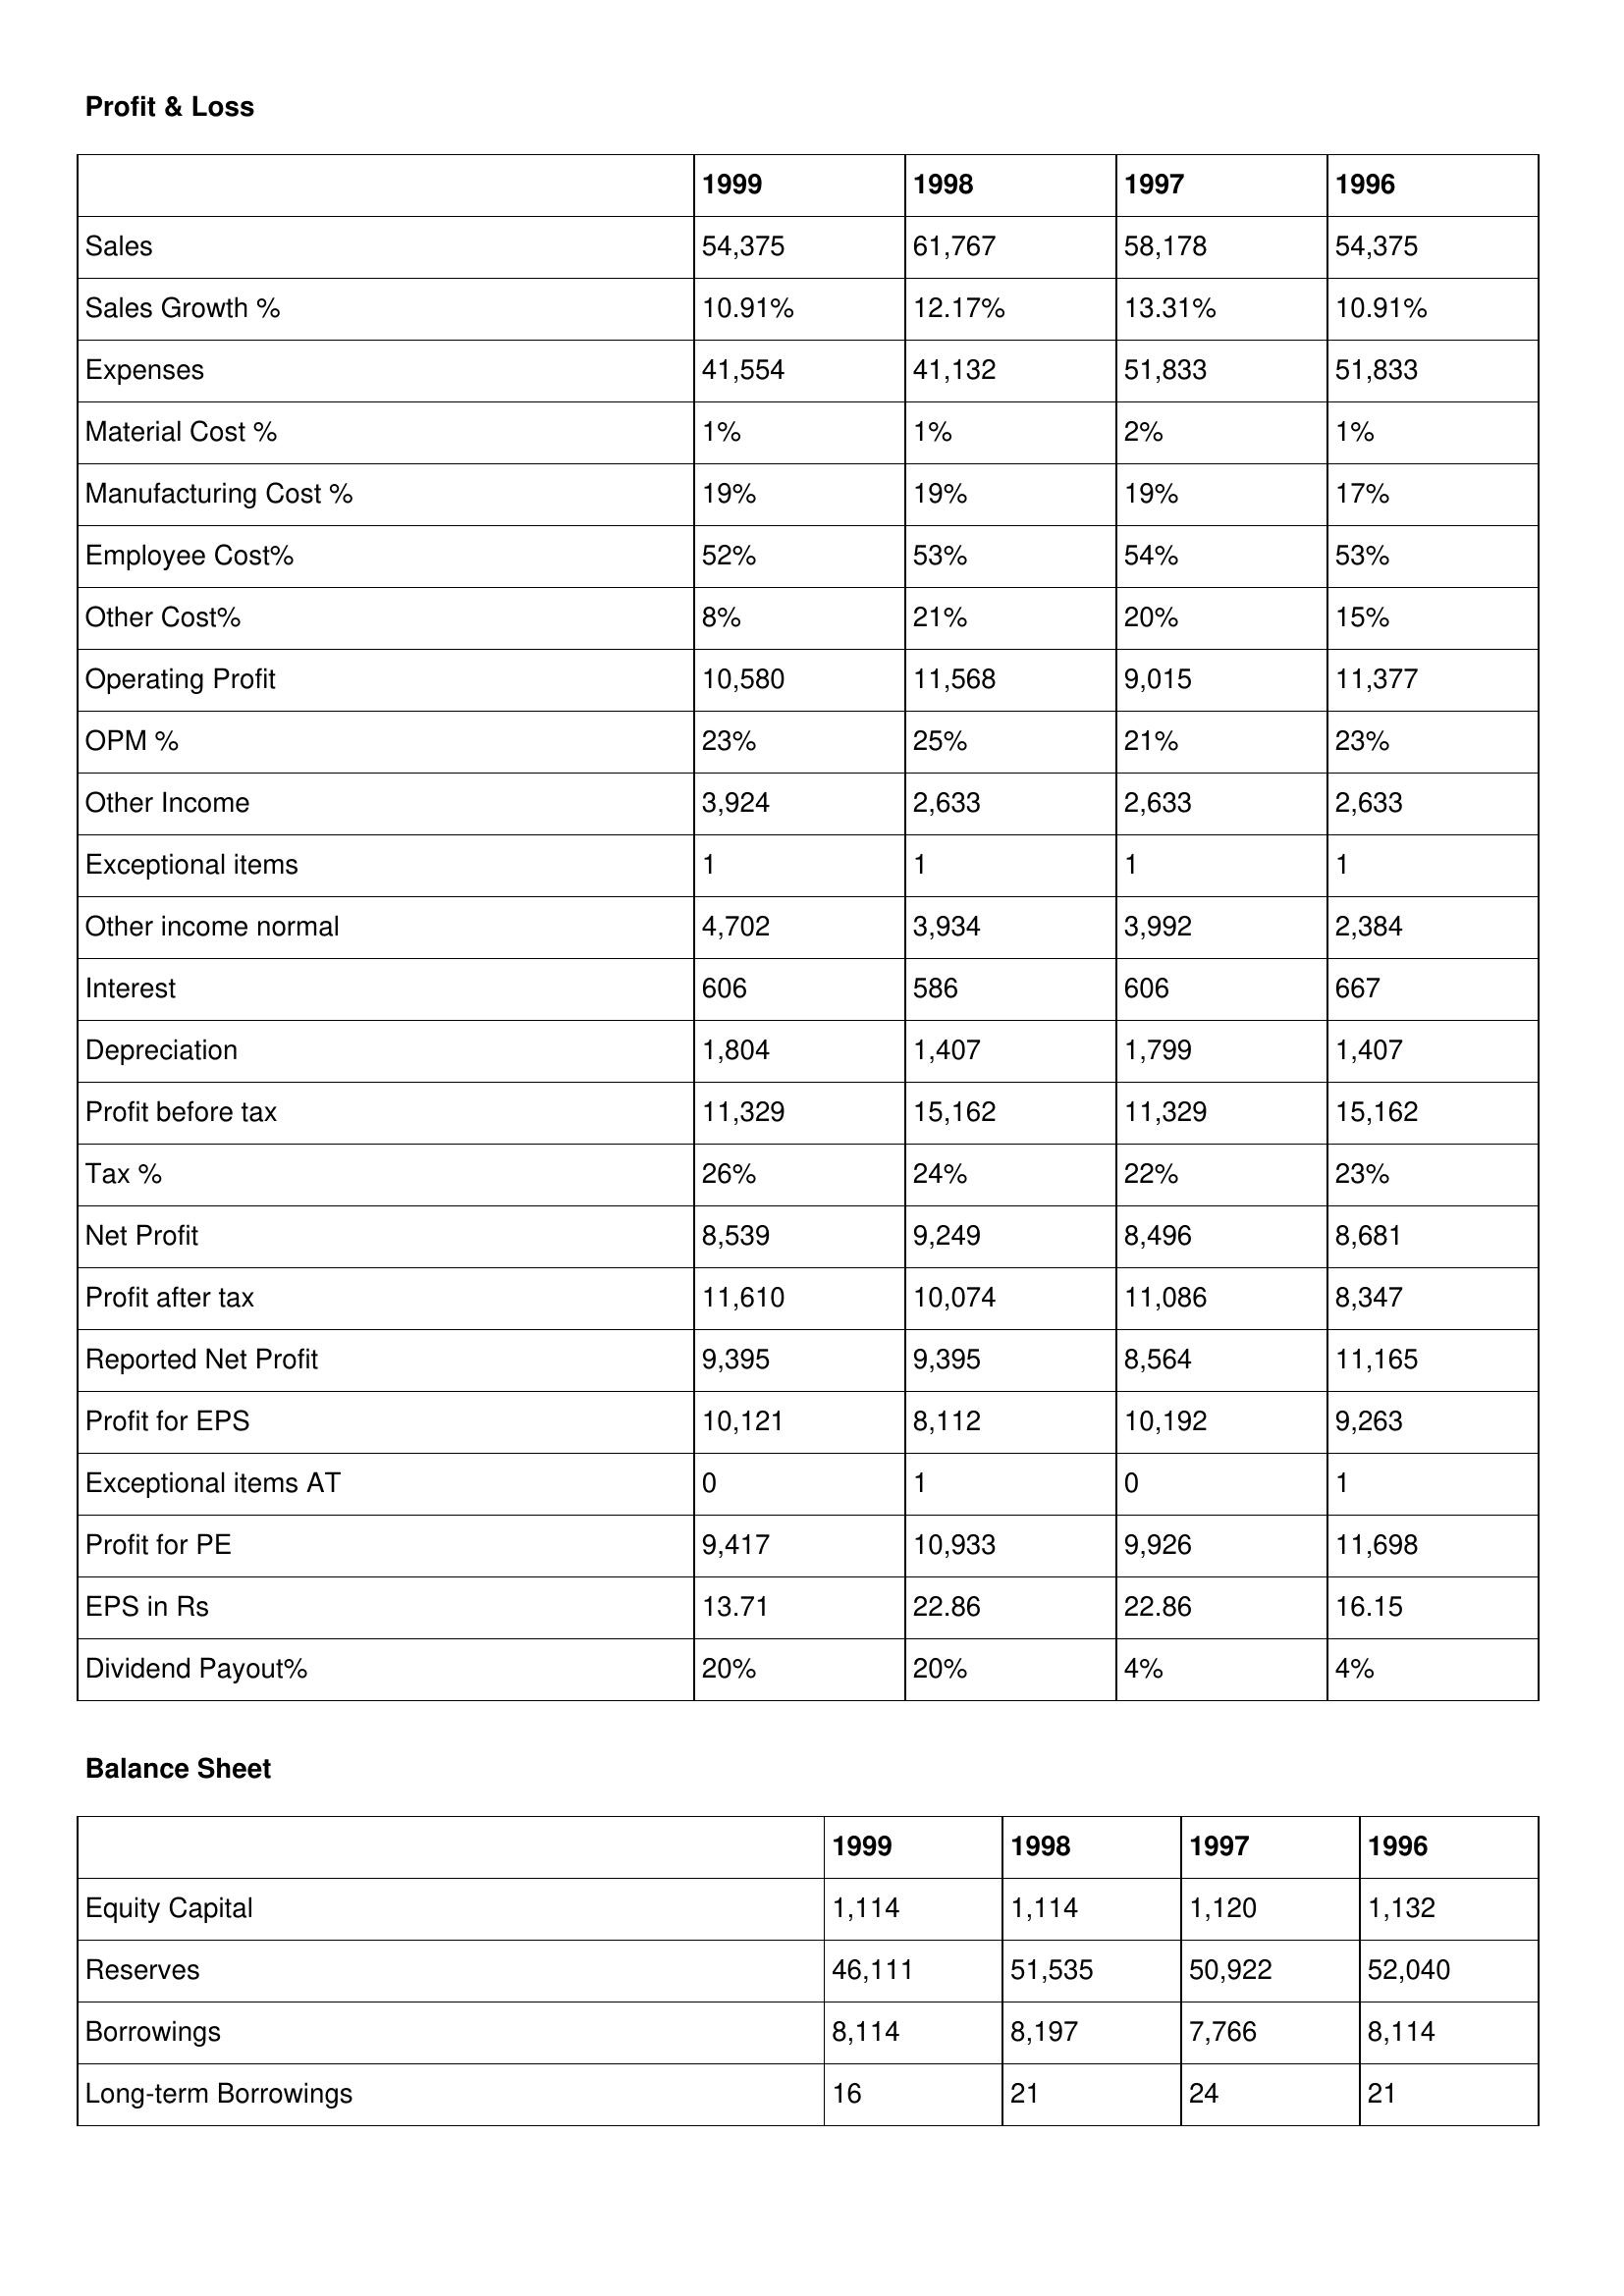
gt_parse: 1999: Profit & Loss: Sales: 54,375
Sales Growth %: 10.91%
Expenses: 41,554
Material Cost %: 1%
Manufacturing Cost %: 19%
Employee Cost%: 52%
Other Cost%: 8%
Operating Profit: 10,580
OPM %: 23%
Other Income: 3,924
Exceptional items: 1
Other income normal: 4,702
Interest: 606
Depreciation: 1,804
Profit before tax: 11,329
Tax %: 26%
Net Profit: 8,539
Profit after tax: 11,610
Reported Net Profit: 9,395
Profit for EPS: 10,121
Exceptional items AT: 0
Profit for PE: 9,417
EPS in Rs: 13.71
Dividend Payout%: 20%
Balance Sheet: Equity Capital: 1,114
Reserves: 46,111
Borrowings: 8,114
Long-term Borrowings: 16
1998: Profit & Loss: Sales: 61,767
Sales Growth %: 12.17%
Expenses: 41,132
Material Cost %: 1%
Manufacturing Cost %: 19%
Employee Cost%: 53%
Other Cost%: 21%
Operating Profit: 11,568
OPM %: 25%
Other Income: 2,633
Exceptional items: 1
Other income normal: 3,934
Interest: 586
Depreciation: 1,407
Profit before tax: 15,162
Tax %: 24%
Net Profit: 9,249
Profit after tax: 10,074
Reported Net Profit: 9,395
Profit for EPS: 8,112
Exceptional items AT: 1
Profit for PE: 10,933
EPS in Rs: 22.86
Dividend Payout%: 20%
Balance Sheet: Equity Capital: 1,114
Reserves: 51,535
Borrowings: 8,197
Long-term Borrowings: 21
1997: Profit & Loss: Sales: 58,178
Sales Growth %: 13.31%
Expenses: 51,833
Material Cost %: 2%
Manufacturing Cost %: 19%
Employee Cost%: 54%
Other Cost%: 20%
Operating Profit: 9,015
OPM %: 21%
Other Income: 2,633
Exceptional items: 1
Other income normal: 3,992
Interest: 606
Depreciation: 1,799
Profit before tax: 11,329
Tax %: 22%
Net Profit: 8,496
Profit after tax: 11,086
Reported Net Profit: 8,564
Profit for EPS: 10,192
Exceptional items AT: 0
Profit for PE: 9,926
EPS in Rs: 22.86
Dividend Payout%: 4%
Balance Sheet: Equity Capital: 1,120
Reserves: 50,922
Borrowings: 7,766
Long-term Borrowings: 24
1996: Profit & Loss: Sales: 54,375
Sales Growth %: 10.91%
Expenses: 51,833
Material Cost %: 1%
Manufacturing Cost %: 17%
Employee Cost%: 53%
Other Cost%: 15%
Operating Profit: 11,377
OPM %: 23%
Other Income: 2,633
Exceptional items: 1
Other income normal: 2,384
Interest: 667
Depreciation: 1,407
Profit before tax: 15,162
Tax %: 23%
Net Profit: 8,681
Profit after tax: 8,347
Reported Net Profit: 11,165
Profit for EPS: 9,263
Exceptional items AT: 1
Profit for PE: 11,698
EPS in Rs: 16.15
Dividend Payout%: 4%
Balance Sheet: Equity Capital: 1,132
Reserves: 52,040
Borrowings: 8,114
Long-term Borrowings: 21